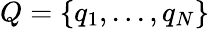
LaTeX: Q=\{ q_{1},...,q_{N}\}